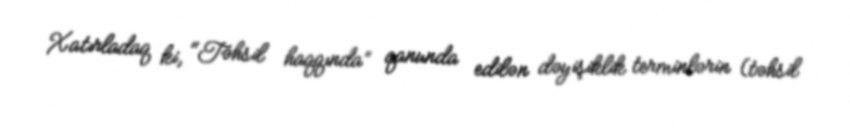
Xatırladaq ki, "Təhsil haqqında” qanunda edilən dəyişiklik terminlərin (təhsil